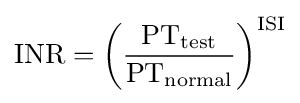
{\text{INR}}=\left({\frac {{\text{PT}}_{\text{test}}}{{\text{PT}}_{\text{normal}}}}\right)^{\text{ISI}}